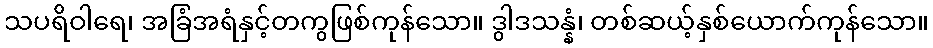
သပရိဝါရေ၊ အခြံအရံနှင့်တကွဖြစ်ကုန်သော။ ဒွါဒသန္နံ၊ တစ်ဆယ့်နှစ်ယောက်ကုန်သော။